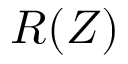
R ( Z )